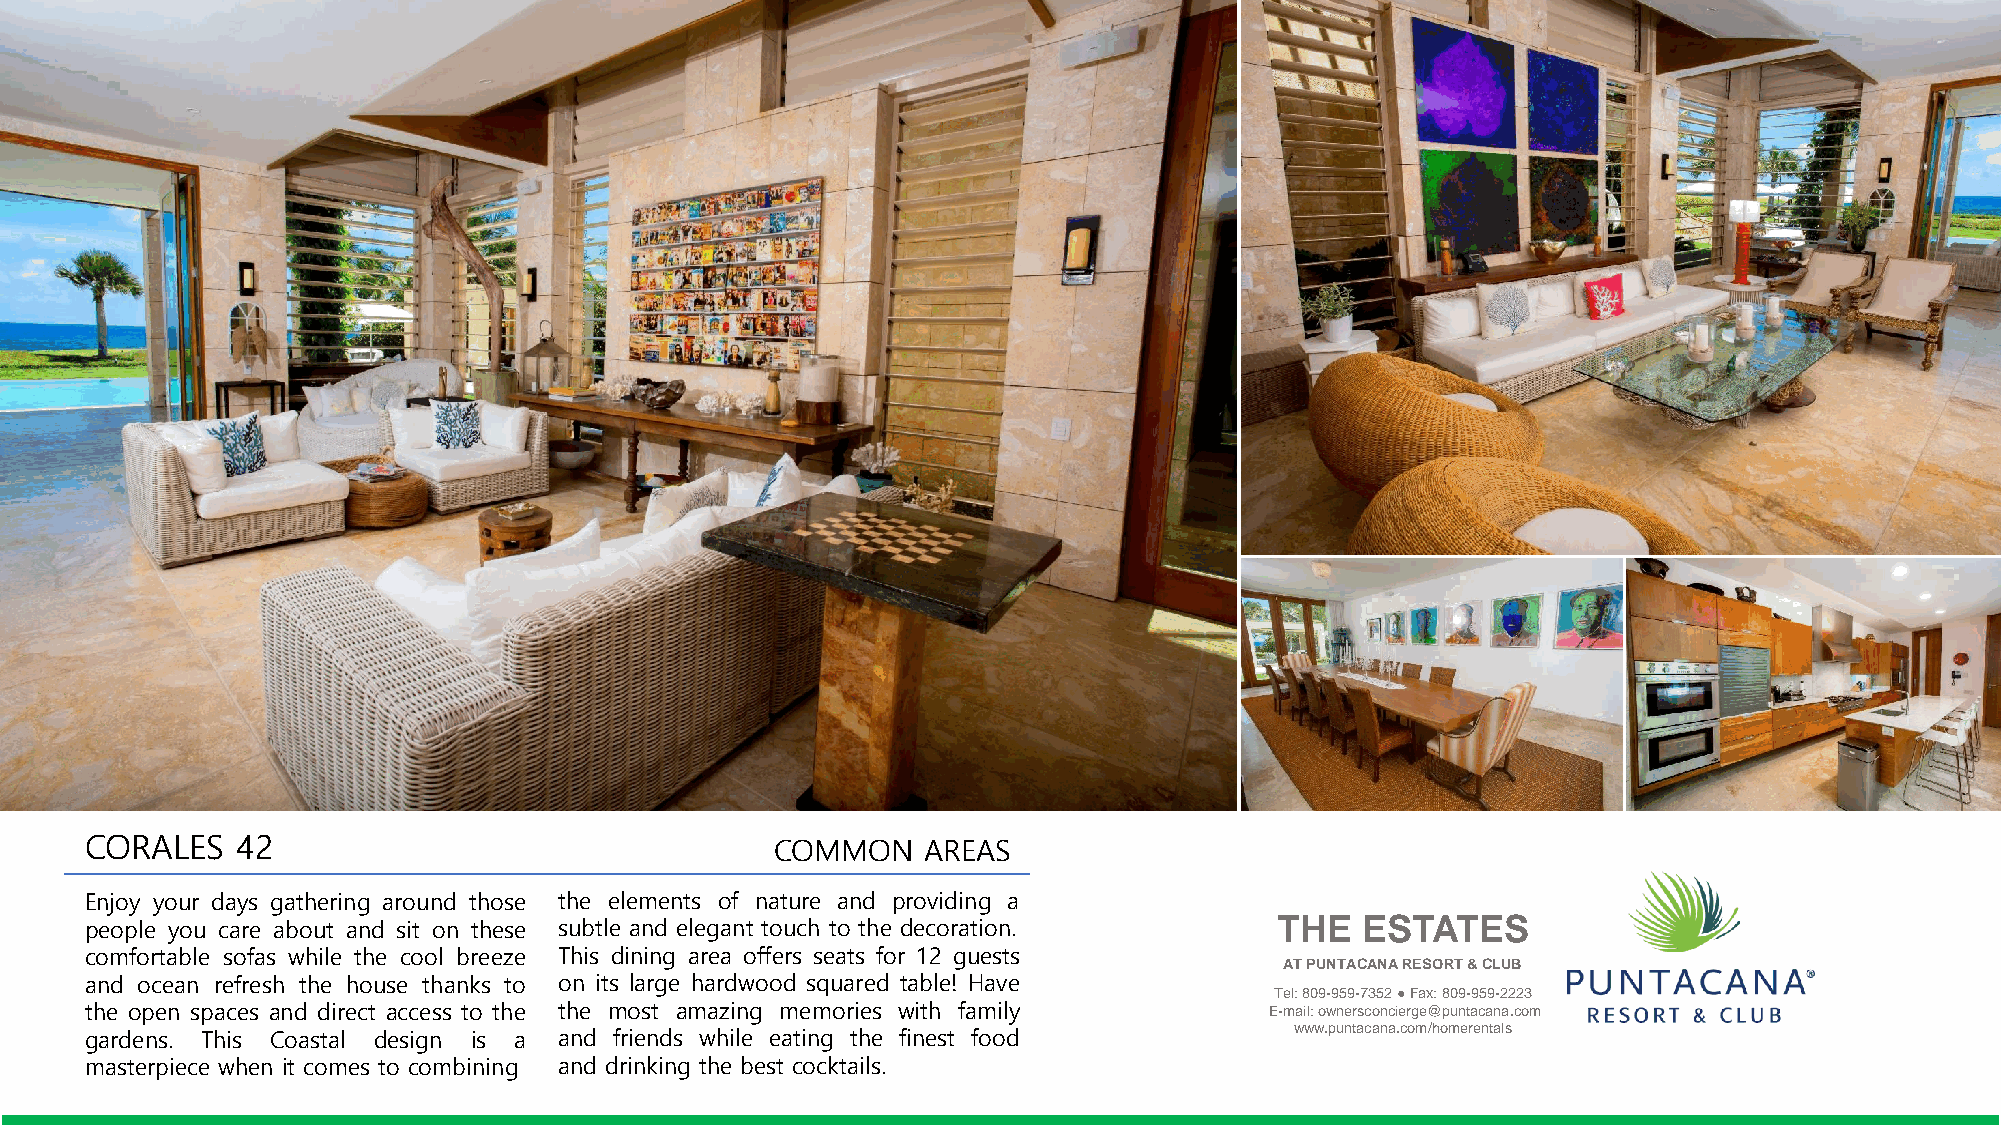
CORALES   42                                 COMMON    AREAS
 Enjoy your days gathering around those the elements of nature and providing a
 people you care about and sit on these subtle and elegant touch to the decoration. THE ESTATES
 comfortable sofas while the cool breeze This dining area offers seats for 12 guests
 AT PUNTACANA RESORT & CLUB
 and ocean refresh the house thanks to on its large hardwood squared table! Have
 Tel: 809-959-7352 ●Fax: 809-959-2223
 the open spaces and direct access to the the most amazing memories with family E-mail: ownersconcierge@puntacana.com
 www.puntacana.com/homerentals
 gardens. This Coastal design is a and friends while eating the finest food
 masterpiece when it comes to combining and drinking the best cocktails.